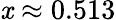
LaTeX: \mathit{x}\approx0.513